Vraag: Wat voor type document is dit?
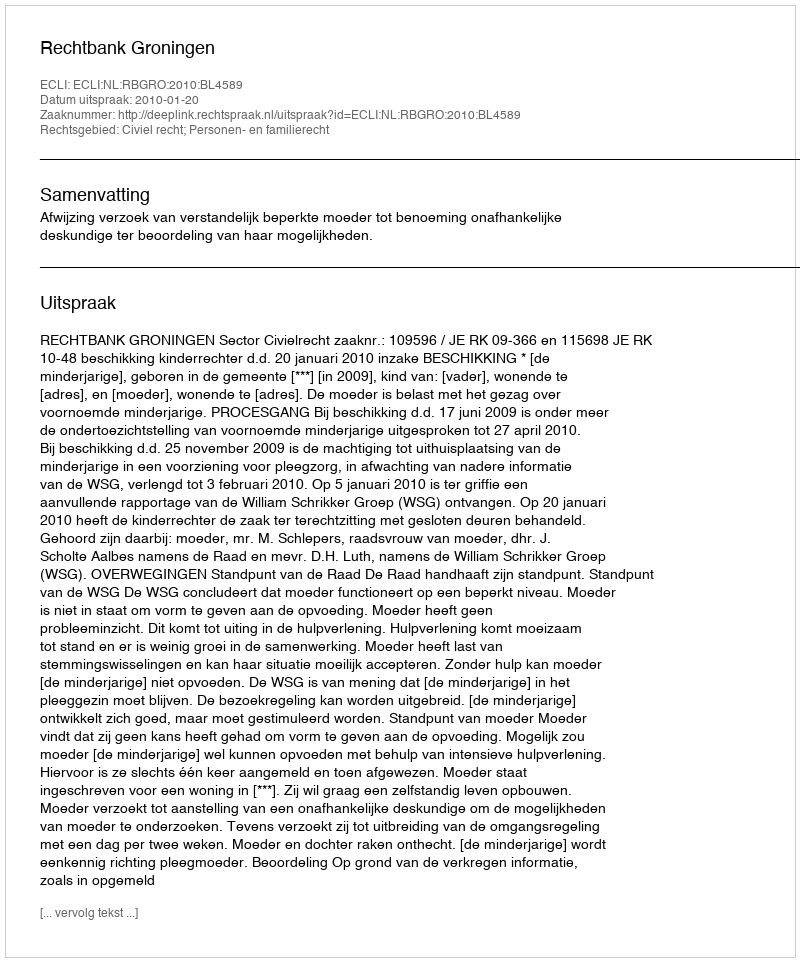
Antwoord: Uitspraak